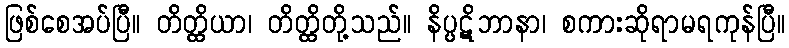
ဖြစ်စေအပ်ပြီ။ တိတ္ထိယာ၊ တိတ္ထိတို့သည်။ နိပ္ပဋိဘာနာ၊ စကားဆိုရာမရကုန်ပြီ။